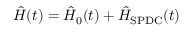
\hat { H } ( t ) = \hat { H } _ { 0 } ( t ) + \hat { H } _ { \mathrm { S P D C } } ( t )